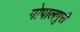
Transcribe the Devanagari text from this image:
गोपालपुरी